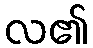
လ၏